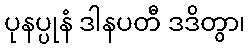
ပုနပ္ပုနံ ဒါနပတီ ဒဒိတွာ၊